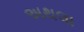
અથલા